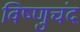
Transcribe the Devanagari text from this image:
विष्णुचंद